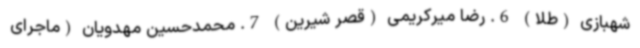
شهبازی (طلا) 6. رضا میرکریمی (قصر شیرین) 7. محمدحسین مهدویان (ماجرای